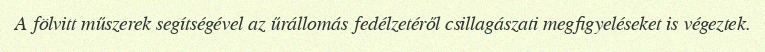
A fölvitt műszerek segítségével az űrállomás fedélzetéről csillagászati megfigyeléseket is végeztek.